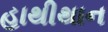
હાથીથાન